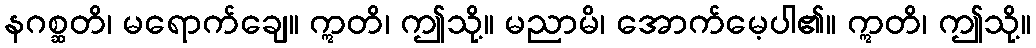
နဂစ္ဆတိ၊ မရောက်ချေ။ ဣတိ၊ ဤသို့။ မညာမိ၊ အောက်မေ့ပါ၏။ ဣတိ၊ ဤသို့။